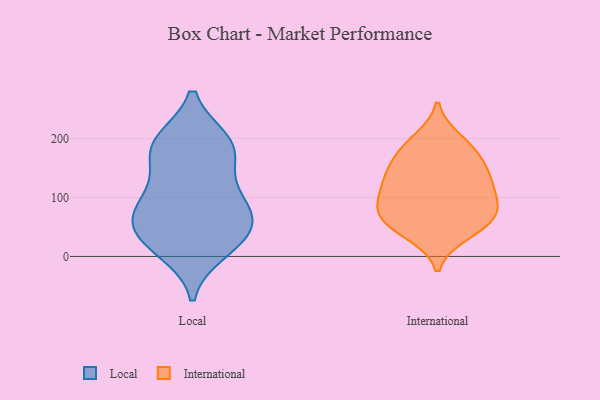
{"axis": {"x": "Budget (USD K)", "y": "Value"}, "legend": ["International", "Local"], "data": [{"x": "", "y": 59, "type": "Local"}, {"x": "", "y": 28, "type": "Local"}, {"x": "", "y": 86, "type": "Local"}, {"x": "", "y": 99, "type": "Local"}, {"x": "", "y": 53, "type": "Local"}, {"x": "", "y": 10, "type": "Local"}, {"x": "", "y": 57, "type": "Local"}, {"x": "", "y": 189, "type": "Local"}, {"x": "", "y": 181, "type": "Local"}, {"x": "", "y": 149, "type": "Local"}, {"x": "", "y": 195, "type": "Local"}, {"x": "", "y": 192, "type": "Local"}, {"x": "", "y": 96, "type": "Local"}, {"x": "", "y": 23, "type": "Local"}, {"x": "", "y": 127, "type": "International"}, {"x": "", "y": 138, "type": "International"}, {"x": "", "y": 87, "type": "International"}, {"x": "", "y": 69, "type": "International"}, {"x": "", "y": 146, "type": "International"}, {"x": "", "y": 39, "type": "International"}, {"x": "", "y": 121, "type": "International"}, {"x": "", "y": 50, "type": "International"}, {"x": "", "y": 175, "type": "International"}, {"x": "", "y": 60, "type": "International"}, {"x": "", "y": 78, "type": "International"}, {"x": "", "y": 97, "type": "International"}, {"x": "", "y": 197, "type": "International"}, {"x": "", "y": 181, "type": "International"}]}